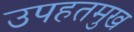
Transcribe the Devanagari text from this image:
उपहतमुख